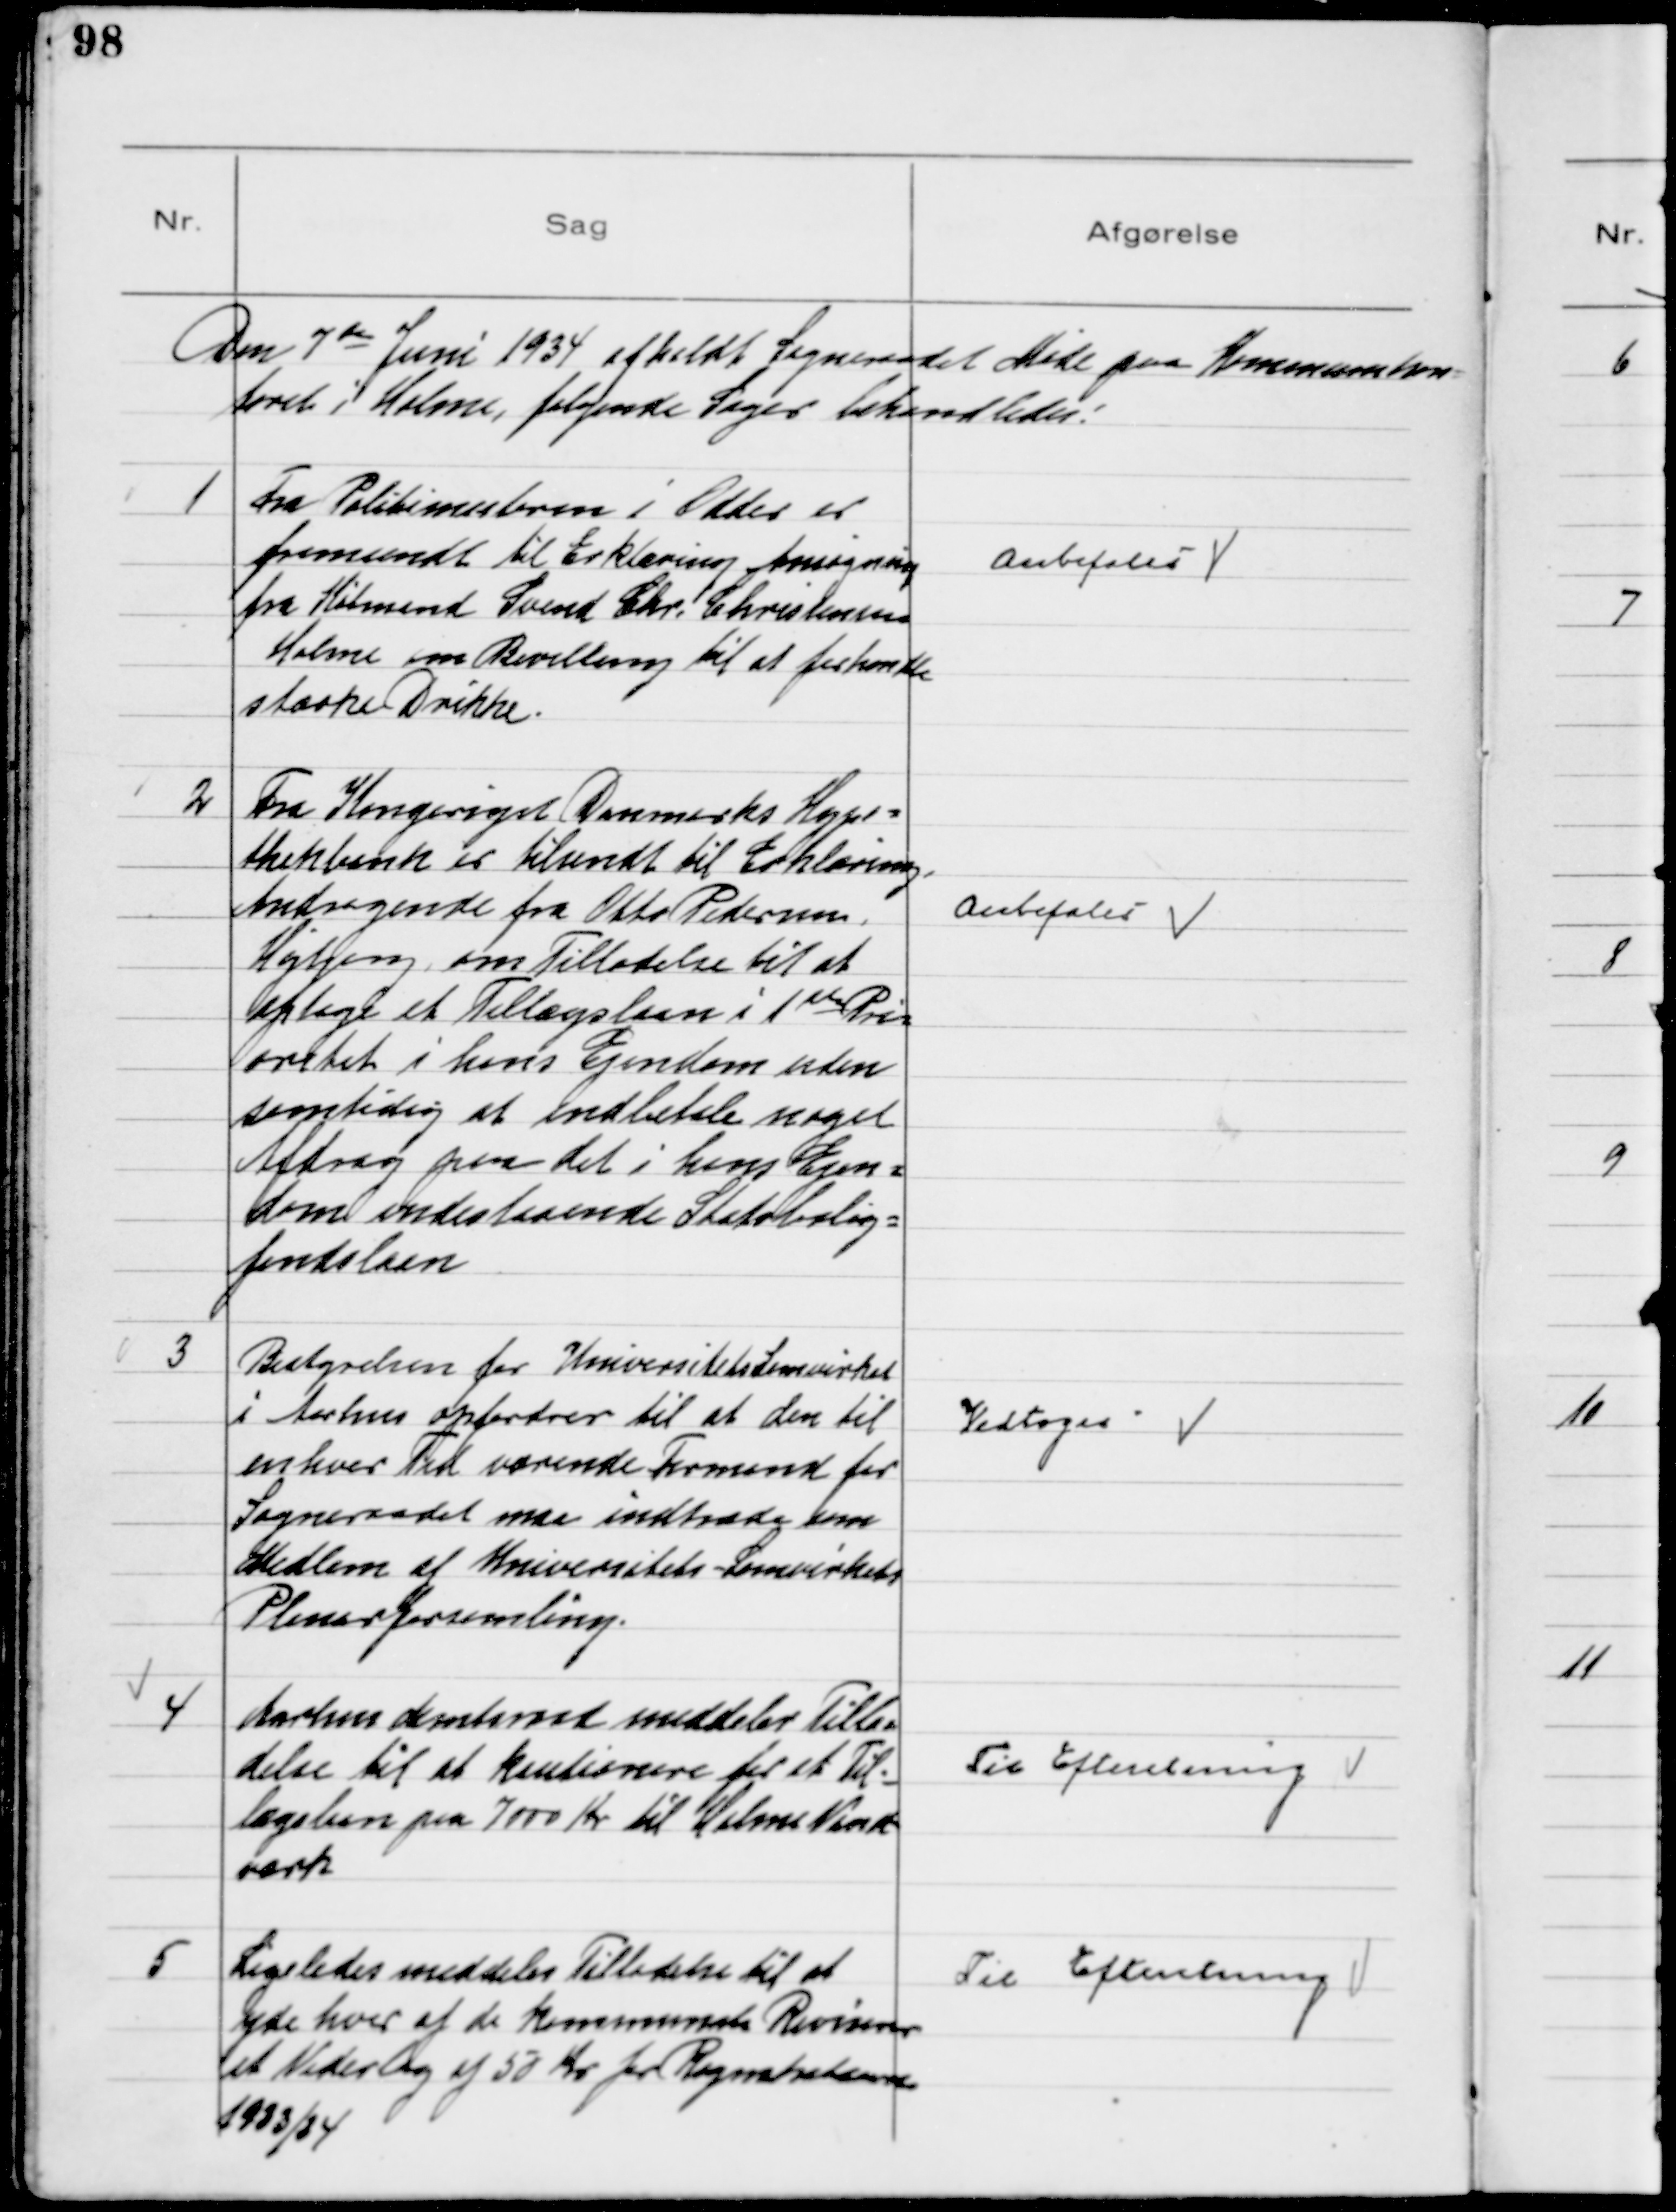
Transskription:
Den 7 de Juni 1934 afholdt Sogneraadet Møde paa Kommunekon
toret i Holme, følgende Sager behandledes!

1
Fra Politimesteren i Odder er
fremsendt til Erklæring Ansøgning
fra Købmand Svend Chr. Christensen
Holme om Bevilling til at forhandle
stærke Drikke.

Anbefales

2
Fra Kongeriget Danmarks Hypo-
thekbank er tilsendt til Erklæring
Andragende fra Otto Pedersen
Højbjerg om Tilladelse til at
optage et Tillægslaan i 1ste Pri
oritet i hans Ejendom uden
samtidig at indbetale noget
Afdrag paa det i hans Ejen-
dom indestaaende Statsbolig-
fondslaan

Anbefales

3
Bestyrelsen for UniversitetsSamvirket
i Aarhus opfordrer til at den til
enhver Tid værende Formand for
Sogneraadet maa indtræde som
Medlem af Universitets-Samvirkets
Plenarforsamling.

Vedtoges

4
Aarhus Amtsraad meddeler Tilla-
delse til at kautionere for et Til-
lægslaan paa 7000 Kr til Holme Vand-
værk

Til Efteretning

5
Ligeledes meddeles Tilladelse til at
yde hver af de kommunale Revisorer
et Vederlag af 50 Kr for Regnskabsaaret
1933/34

Til Efteretning